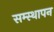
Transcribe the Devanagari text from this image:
सम्स्थापन